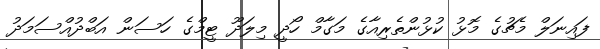
ފައިނަލް މެޗުގެ މޮޅު ކުޅުންތެރިއާގެ މަގާމް ހޯދީ މިލަދޫ ޓީމްގެ ހަސަން އަބްދުއްސަމަދު